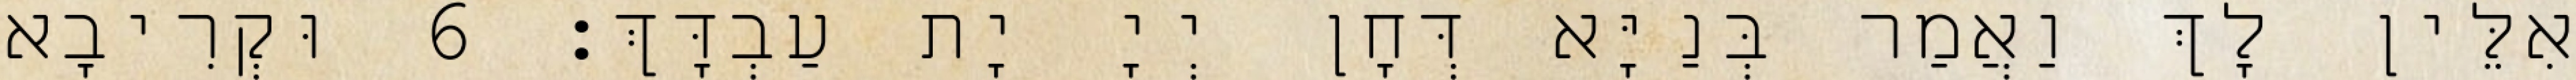
אִלֵּין לָךְ וַאֲמַר בְּנַיָּא דְּחָן יְיָ יָת עַבְדָּךְ׃ 6 וּקְרִיבָא